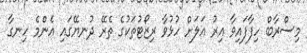
މިސްރާބް ހިފާފައިވާ އިރު އަލަށް ހުޅުވާ ރިޒޯޓުތަކުގެ ތެރޭ ދުނޔޭގައި އެންމެ ހިނގާ